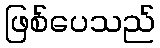
ဖြစ်ပေသည်